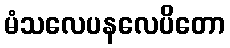
မံသလေပနလေပိတော